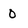
Character: 0